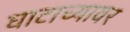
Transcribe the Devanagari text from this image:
घाटाच्यावर